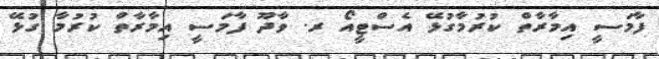
ފާމަސީ އިމާރާތް ކުރުމާގުޅޭ އެސްޓީއޯ ރ. ވާދޫ ފާމަސީ އިމާރާތް ކުރުމާ ގުޅޭ